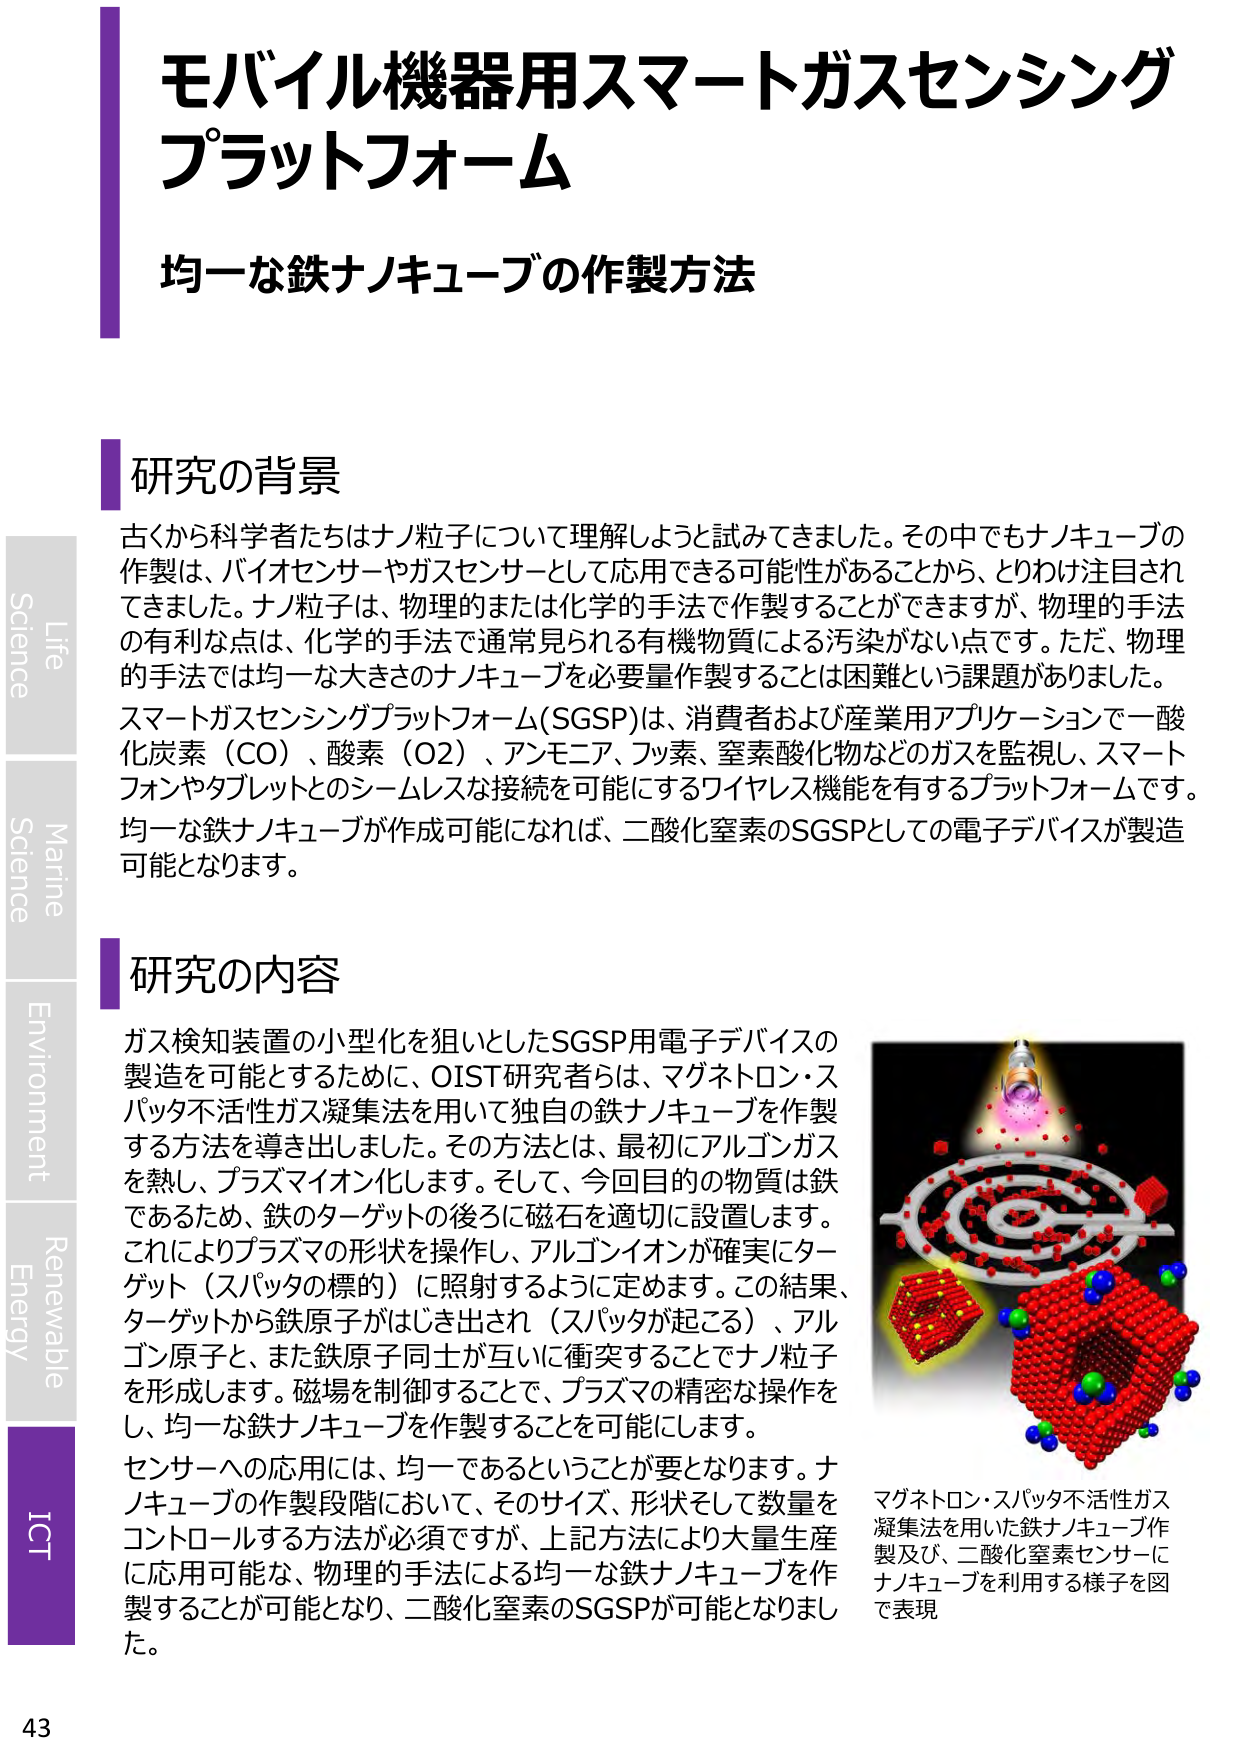
モバイル機器用スマートガスセンシング
プラットフォーム

均一な鉄ナノキューブの作製方法

研究の背景
古くから科学者たちはナノ粒子について理解しようと試みてきました。その中でもナノキューブの作製は、バイオセンサーやガスセンサーとして応用できる可能性があることから、とりわけ注目されてきました。ナノ粒子は、物理的または化学的手法で作製することができますが、物理的手法の有利な点は、化学的手法で通常見られる有機物質による汚染がない点です。ただ、物理的手法では均一な大きさのナノキューブを必要量作製することは困難という課題がありました。
スマートガスセンシングプラットフォーム(SGSP)は、消費者および産業用アプリケーションで一酸化炭素（CO）、酸素（O2）、アンモニア、フッ素、窒素酸化物などのガスを監視し、スマートフォンやタブレットとのシームレスな接続を可能にするワイヤレス機能を有するプラットフォームです。均一な鉄ナノキューブが作成可能になれば、二酸化窒素のSGSPとしての電子デバイスが製造可能となります。

研究の内容
ガス検知装置の小型化を狙いとしたSGSP用電子デバイスの製造を可能とするために、OIST研究者らは、マグネトロン・スパッタ不活性ガス凝集法を用いて独自の鉄ナノキューブを作製する方法を導き出しました。その方法とは、最初にアルゴンガスを熱し、プラズマイオン化します。そして、今回目的の物質は鉄であるため、鉄のターゲットの後ろに磁石を適切に設置します。これによりプラズマの形状を操作し、アルゴンイオンが確実にターゲット（スパッタの標的）に照射するように定めます。この結果、ターゲットから鉄原子がはじき出され（スパッタが起こる）、アルゴン原子と、また鉄原子同士が互いに衝突することでナノ粒子を形成します。磁場を制御することで、プラズマの精密な操作をし、均一な鉄ナノキューブを作製することを可能にします。
センサーへの応用には、均一であるということが要となります。ナノキューブの作製段階において、そのサイズ、形状そして数量をコントロールする方法が必須ですが、上記方法により大量生産に応用可能な、物理的手法による均一な鉄ナノキューブを作製することが可能となり、二酸化窒素のSGSPが可能となりました。

マグネトロン・スパッタ不活性ガス凝集法を用いた鉄ナノキューブ作製及び、二酸化窒素センサーにナノキューブを利用する様子を図で表現

Life
Science
Marine
Science
Environment
Renewable
Energy
ICT

43